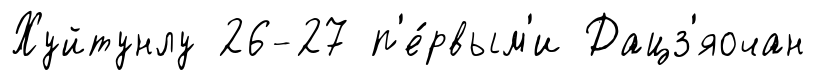
Хуйтунлу 26-27 п'е́рвым'и Дацз'яочан